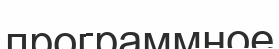
программное